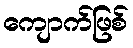
ကျောက်ဖြစ်